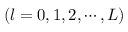
( l = 0 , 1 , 2 , \cdots , L )